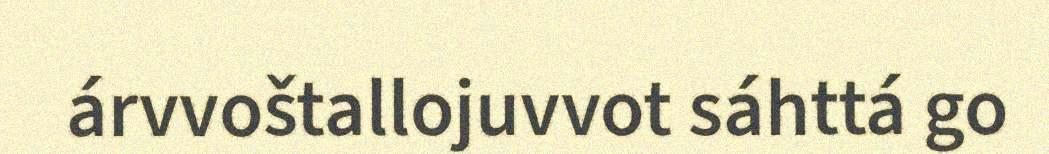
árvvoštallojuvvot sáhttá go